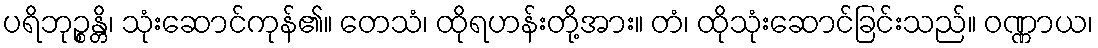
ပရိဘုဉ္စန္တိ၊ သုံးဆောင်ကုန်၏။ တေသံ၊ ထိုရဟန်းတို့အား။ တံ၊ ထိုသုံးဆောင်ခြင်းသည်။ ဝဏ္ဏာယ၊